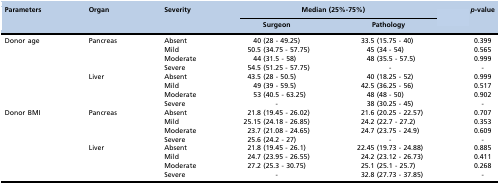
| <ROWSPAN=2> Parameters | <ROWSPAN=2> Organ | <ROWSPAN=2> Severity | <COLSPAN=2> Median (25%-75%) | <ROWSPAN=2> p-value |
 | Surgeon | Pathology |
 | --- | --- | --- | --- | --- | --- |
 | <ROWSPAN=8> Donor age | <ROWSPAN=4> Pancreas | Absent | 40 (28 - 49.25) | 33.5 (15.75 - 40) | 0.399 |
 | Mild | 50.5 (34.75 - 57.75) | 45 (34 - 54) | 0.565 |
 | Moderate | 44 (31.5 - 58) | 48 (35.5 - 57.5) | 0.999 |
 | Severe | 54.5 (51.25 - 57.75) | - | - |
 | <ROWSPAN=4> Liver | Absent | 43.5 (28 - 50.5) | 40 (18.25 - 52) | 0.999 |
 | Mild | 49 (39 - 59.5) | 42.5 (36.25 - 56) | 0.517 |
 | Moderate | 53 (40.5 - 63.25) | 48 (48 - 50) | 0.902 |
 | Severe | - | 38 (30.25 - 45) | - |
 | <ROWSPAN=8> Donor BMI | <ROWSPAN=4> Pancreas | Absent | 21.8 (19.45 - 26.02) | 21.6 (20.25 - 22.57) | 0.707 |
 | Mild | 25.15 (24.18 - 26.85) | 24.2 (22.7 - 27.2) | 0.353 |
 | Moderate | 23.7 (21.08 - 24.65) | 24.7 (23.75 - 24.9) | 0.609 |
 | Severe | 25.6 (24.2 - 27) | - | - |
 | <ROWSPAN=4> Liver | Absent | 21.8 (19.45 - 26.1) | 22.45 (19.73 - 24.88) | 0.885 |
 | Mild | 24.7 (23.95 - 26.55) | 24.2 (23.12 - 26.73) | 0.411 |
 | Moderate | 27.2 (25.3 - 30.75) | 25.1 (25.1 - 25.7) | 0.268 |
 | Severe | - | 32.8 (27.73 - 37.85) | - |